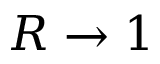
R \rightarrow 1